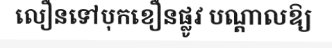
លឿនទៅបុកខឿនផ្លូវ បណ្តាលឱ្យ